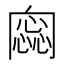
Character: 𠕫